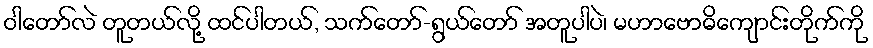
ဝါတော်လဲ တူတယ်လို့ ထင်ပါတယ်, သက်တော်-ရွယ်တော် အတူပါပဲ၊ မဟာဗောဓိကျောင်းတိုက်ကို